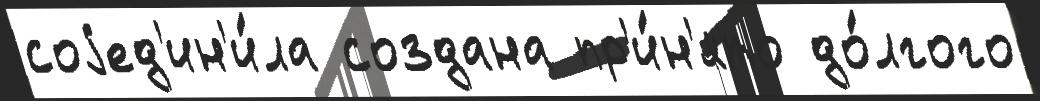
соjед'ин'и́ла создана пр'и́н'ято до́лгого